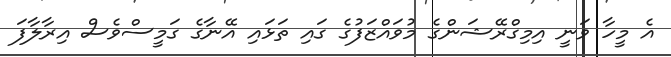
އެ މީހާ ވަނީ އިމިގްރޭޝަންގެ މުވައްޒަފުގެ ގައި ތަޅައި އޭނާގެ ގަމީސްވެސް އިރާލާފަ